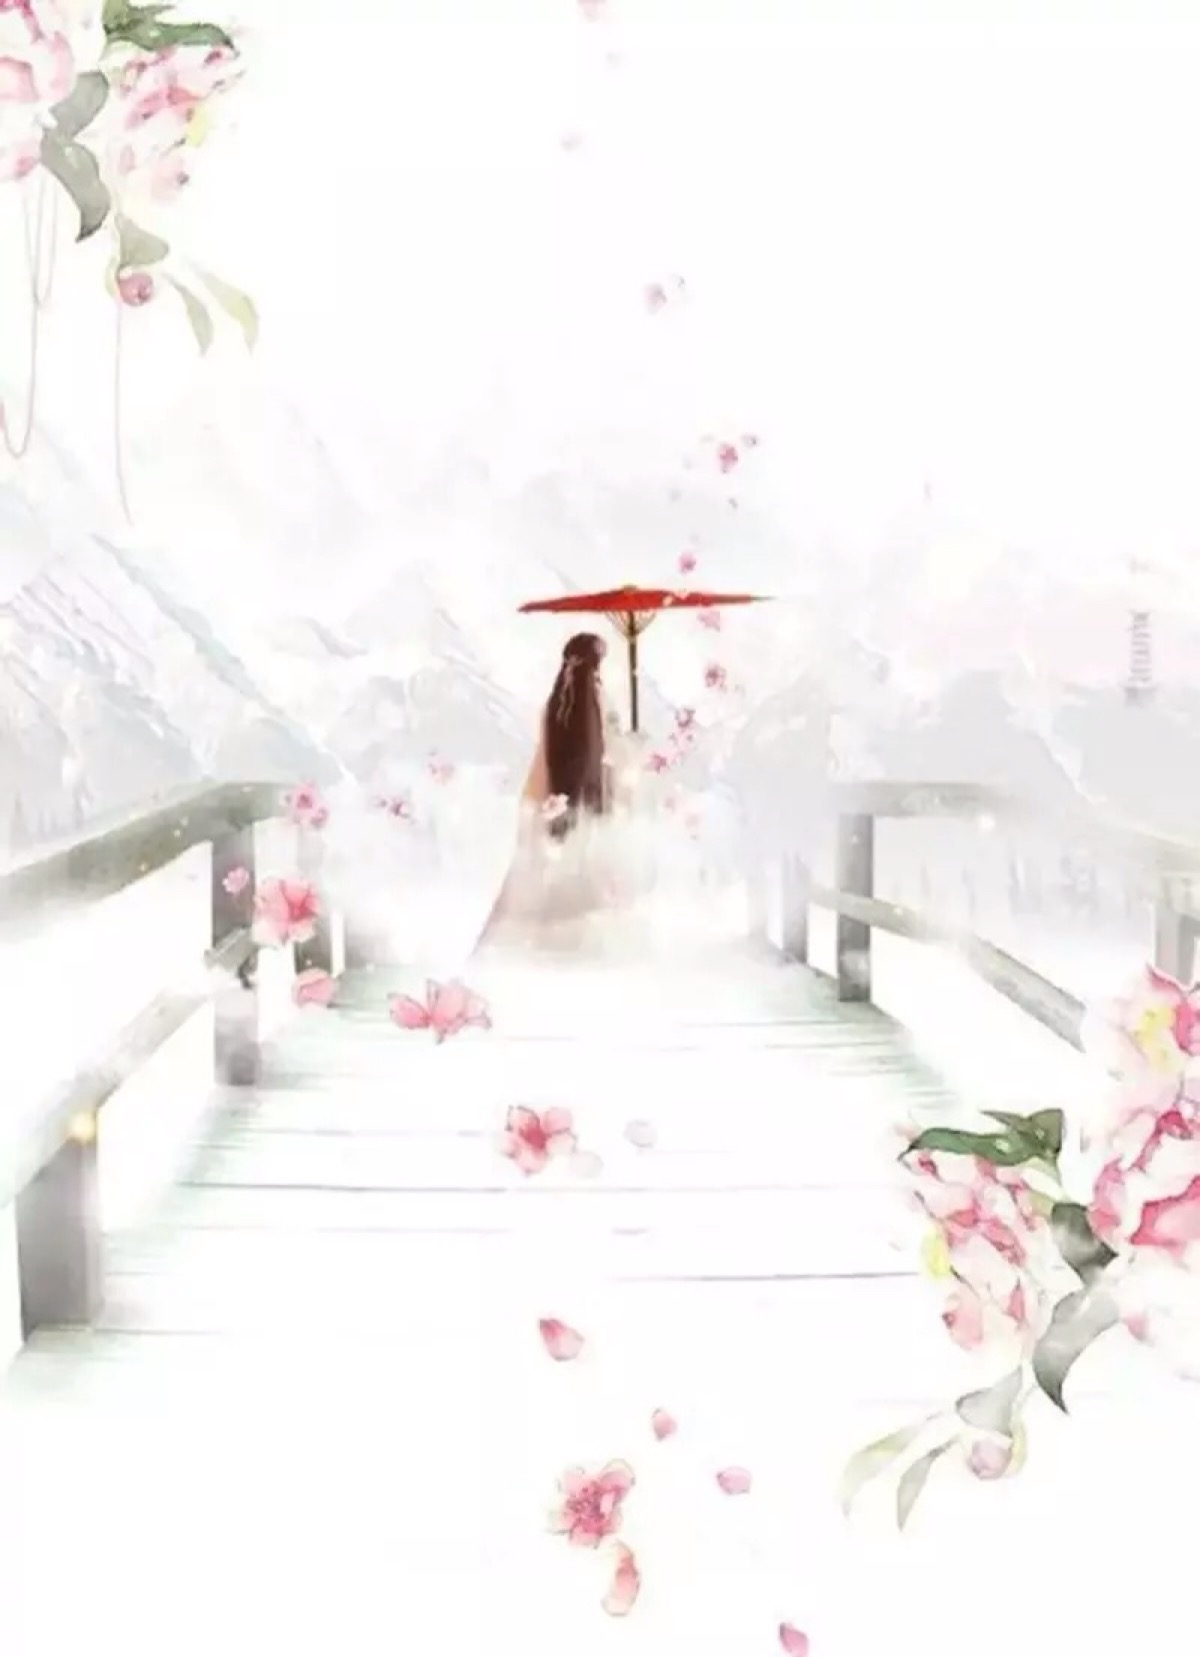
河桥送人处，凉夜何其。